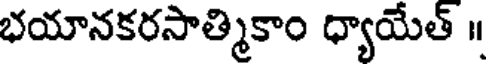
భయానకరసాత్మికాం ధ్యాయేత్ ॥